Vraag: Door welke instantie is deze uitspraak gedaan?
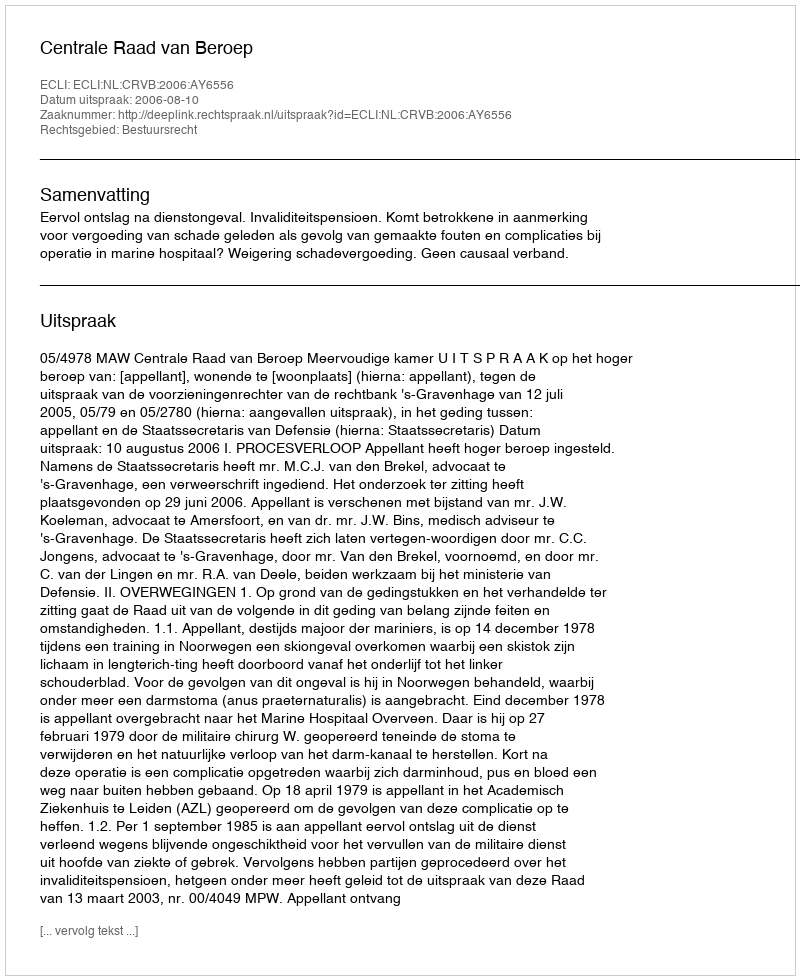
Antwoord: Centrale Raad van Beroep